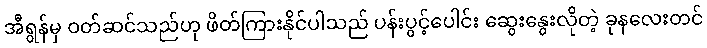
အီရွန်မှ ဝတ်ဆင်သည်ဟု ဖိတ်ကြားနိုင်ပါသည် ပန်းပွင့်ပေါင်း ဆွေးနွေးလိုတဲ့ ခုနလေးတင်